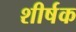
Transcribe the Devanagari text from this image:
शीर्षक